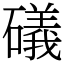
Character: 礒